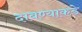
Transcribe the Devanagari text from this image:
दाबण्याकडे